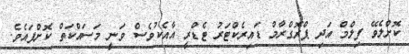
ކޮށްލެވޭ ފިލްމް އަދި ޕްރޮގްރާމް ޑައިރެކްޓަރު ޓެޑްރީ އާއެކުވެސް ވަނީ މަސައްކަތް ކޮށްފައެވެ.